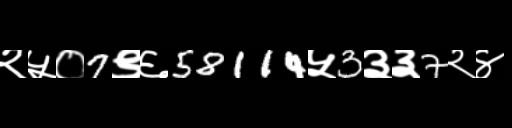
Text: २५०7९६58114५3३३7२४